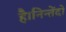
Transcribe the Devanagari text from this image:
है।निन्तेंदो